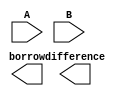
module carry_lookahead_subtractor(
    input [7:0] A,
    input [7:0] B,
    output [7:0] difference,
    output borrow
);

wire [7:0] X; // XOR outputs
wire [7:0] G; // AND outputs
wire [7:0] P; // Propagate signals
wire [7:0] C; // Carry signals

genvar i;

generate
// Generate XOR gates
for(i = 0; i < 8; i = i + 1) begin
    xor gate_X(
        .A(A[i]),
        .B(B[i]),
        .Y(X[i])
    );
end

// Generate AND gates
for(i = 0; i < 8; i = i + 1) begin
    and gate_G(
        .A(A[i]),
        .B(B[i]),
        .Y(G[i])
    );
end

// Generate carry-lookahead logic
for(i = 0; i < 8; i = i + 1) begin
    and gate_P(
        .A(X[i]),
        .B(C[i]),
        .Y(P[i])
    );
end

assign C[0] = 1'b0; // Initial carry input
// Generate carry lookahead logic
for(i = 1; i < 8; i = i + 1) begin
    xor gate_C(
        .A(G[i]),
        .B(P[i]),
        .Y(C[i])
    );
end

// Generate difference output
for(i = 0; i < 8; i = i + 1) begin
    xor gate_D(
        .A(A[i]),
        .B(B[i]),
        .Y(difference[i])
    );
end

// Generate borrow output
assign borrow = C[7];

endgenerate

endmodule